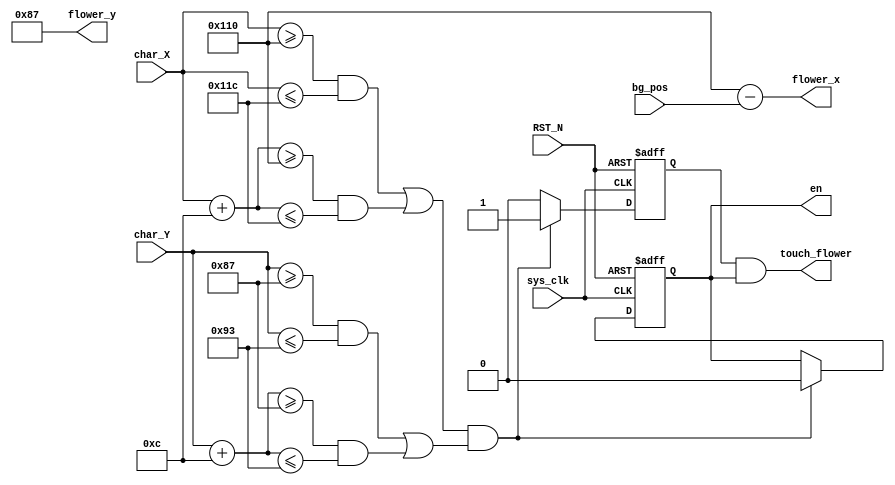
`timescale 1ns / 1ps


module FLOWER(input sys_clk,
	input  [9:0] char_X,
	input  [9:0] char_Y,
	input  [9:0] bg_pos,
	input RST_N,
    output wire [9:0] flower_x,
    output wire [9:0] flower_y,
    output touch_flower,
    output  en
);
  reg [9:0] flower_x_r = 10'd272;
  reg [9:0] flower_y_r = 10'd135;
  reg enable = 1'b1;
  reg touch;
  assign flower_x = flower_x_r - bg_pos;
  assign flower_y = flower_y_r;
  assign touch_flower = touch & enable;
  assign en = enable;
  
  always@(posedge sys_clk or negedge RST_N)
    begin
      if(!RST_N)
        begin
          enable <= 1'b1;
          touch <= 1'b0;
        end
      else if( ((((char_X >= flower_x_r) && (char_X <= flower_x_r + 10'd12)) || ((char_X + 10'd12 >= flower_x_r) && (char_X + 10'd12 <= flower_x_r + 10'd12)))) & ((((char_Y >= flower_y_r) && (char_Y <= flower_y_r + 10'd12)) || ((char_Y + 10'd12 >= flower_y_r) && (char_Y + 10'd12 <= flower_y_r + 10'd12)))) ) 
        begin 
          enable <= 1'b0;
          touch <= 1'b1;
        end
      else
        touch <= 1'b0;
    end
    
endmodule